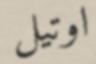
اوتيل